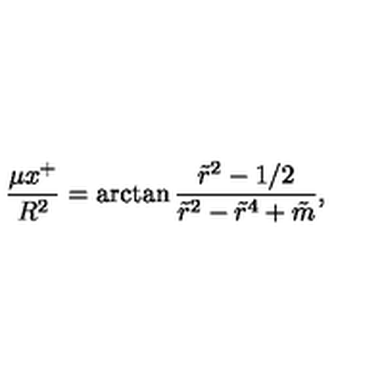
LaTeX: { \frac { \mu x ^ { + } } { R ^ { 2 } } } = \arctan { \frac { \tilde { r } ^ { 2 } - 1 / 2 } { \tilde { r } ^ { 2 } - \tilde { r } ^ { 4 } + \tilde { m } } } ,